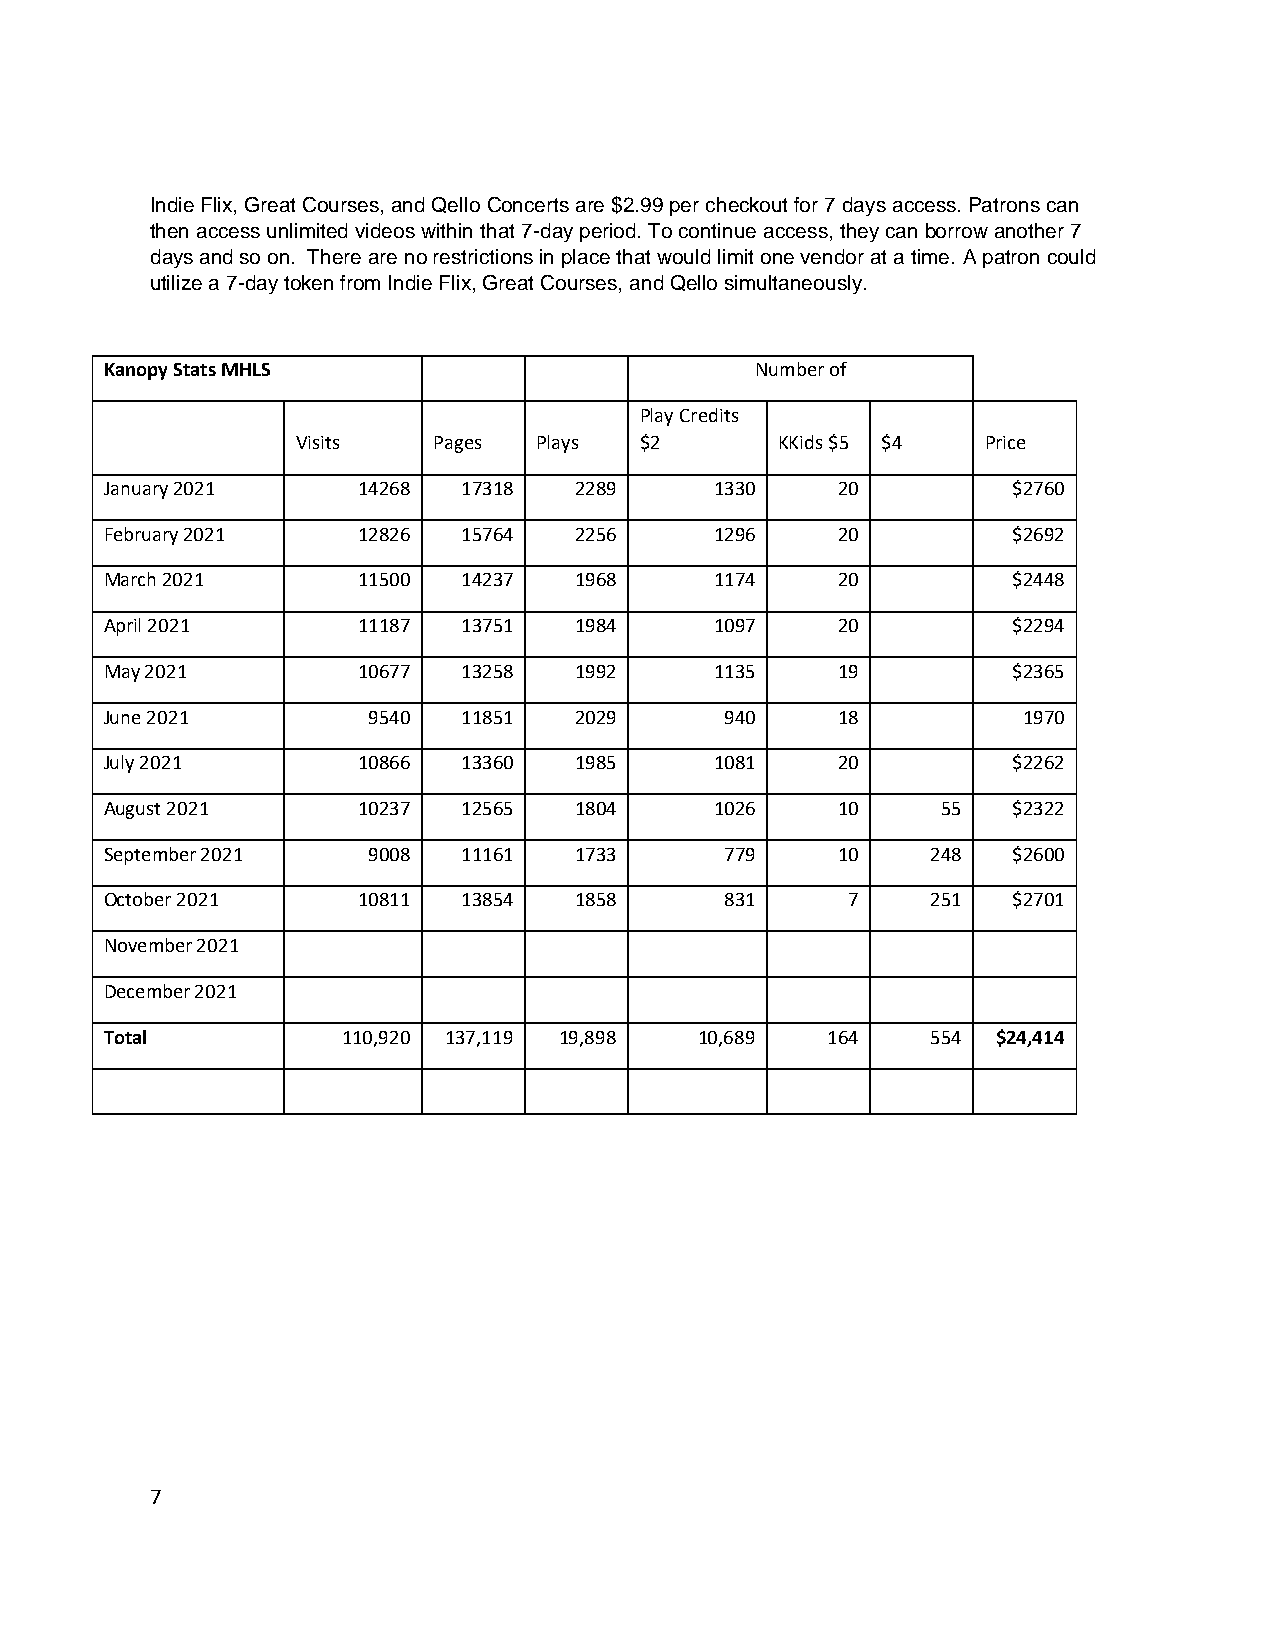
Indie Flix, Great Courses, and Qello Concerts are $2.99 per checkout for 7 days access. Patrons can
 then access unlimited videos within that 7-day period. To continue access, they can borrow another 7
 days and so on. There are no restrictions in place that would limit one vendor at a time. A patron could
 utilize a 7-day token from Indie Flix, Great Courses, and Qello simultaneously.
 Kanopy Stats MHLS                          Number of
 Play Credits
 Visits   Pages  Plays $2        KKids $5 $4  Price
 January 2021     14268  17318  2289     1330    20          $2760
 February 2021    12826  15764  2256     1296    20          $2692
 March 2021       11500  14237  1968     1174    20          $2448
 April 2021       11187  13751  1984     1097    20          $2294
 May 2021         10677  13258  1992     1135    19          $2365
 June 2021        9540   11851  2029      940    18           1970
 July 2021        10866  13360  1985     1081    20          $2262
 August 2021      10237  12565  1804     1026    10     55   $2322
 September 2021   9008   11161  1733      779    10     248  $2600
 October 2021     10811  13854  1858      831     7     251  $2701
 November 2021
 December 2021
 Total           110,920 137,119 19,898 10,689   164    554 $24,414
 7